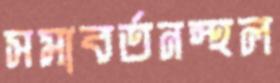
সমাবর্তনস্থল